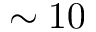
\sim 1 0